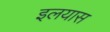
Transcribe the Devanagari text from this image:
इलयास